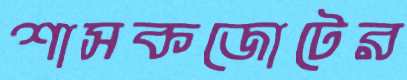
শাসকজোটের